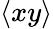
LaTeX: \langle xy\rangle